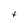
Character: t